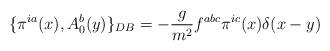
LaTeX: \begin{align*}\{\pi^{ia}(x), A_0^b(y)\}_{DB} = -\frac{g}{m^2} f^{abc}\pi^{ic}(x)\delta(x-y)\end{align*}